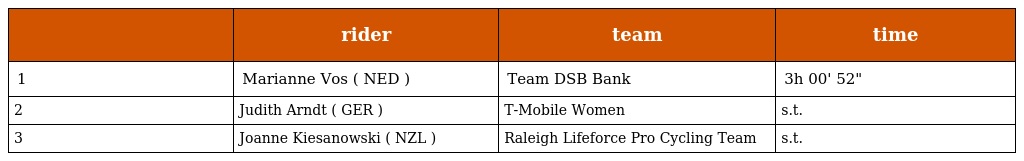
|  | rider | team | time |
 | --- | --- | --- | --- |
 | 1 | Marianne Vos ( NED ) | Team DSB Bank | 3h 00' 52" |
 | 2 | Judith Arndt ( GER ) | T-Mobile Women | s.t. |
 | 3 | Joanne Kiesanowski ( NZL ) | Raleigh Lifeforce Pro Cycling Team | s.t. |